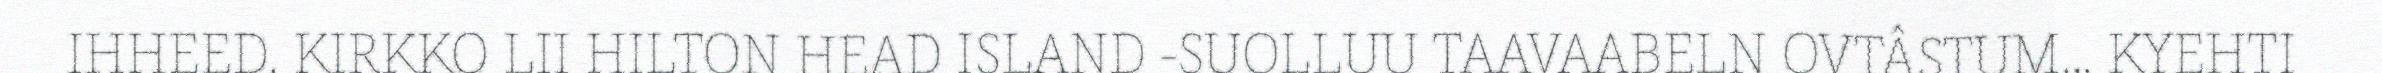
IHHEED. KIRKKO LII HILTON HEAD ISLAND -SUOLLUU TAAVAABELN OVTÂSTUM... KYEHTI